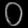
Digit: ၀